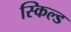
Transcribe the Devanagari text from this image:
स्किल्ड